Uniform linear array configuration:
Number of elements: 24
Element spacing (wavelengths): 0.5
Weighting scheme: exponential
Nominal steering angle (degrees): -15
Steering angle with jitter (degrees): -14.091
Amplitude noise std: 0.05
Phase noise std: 0.05

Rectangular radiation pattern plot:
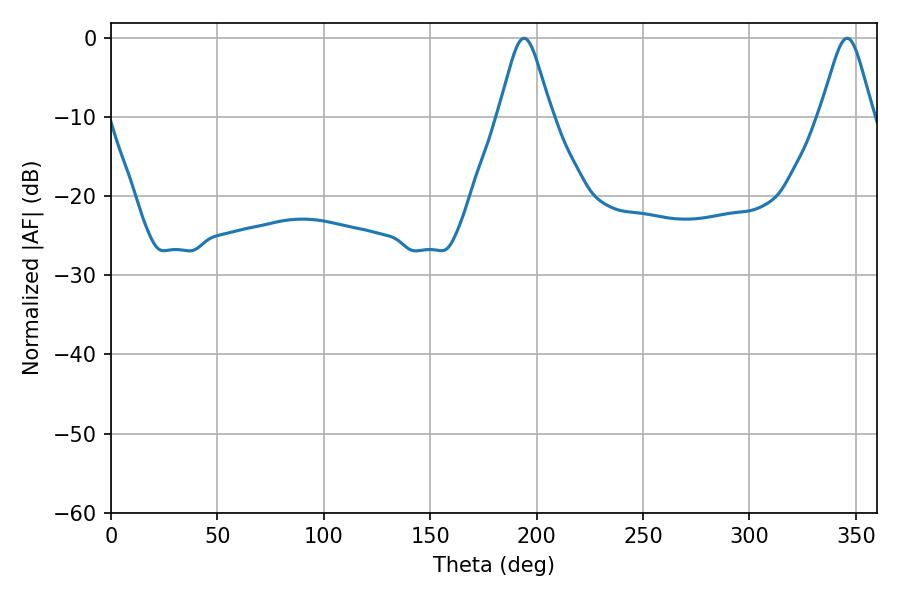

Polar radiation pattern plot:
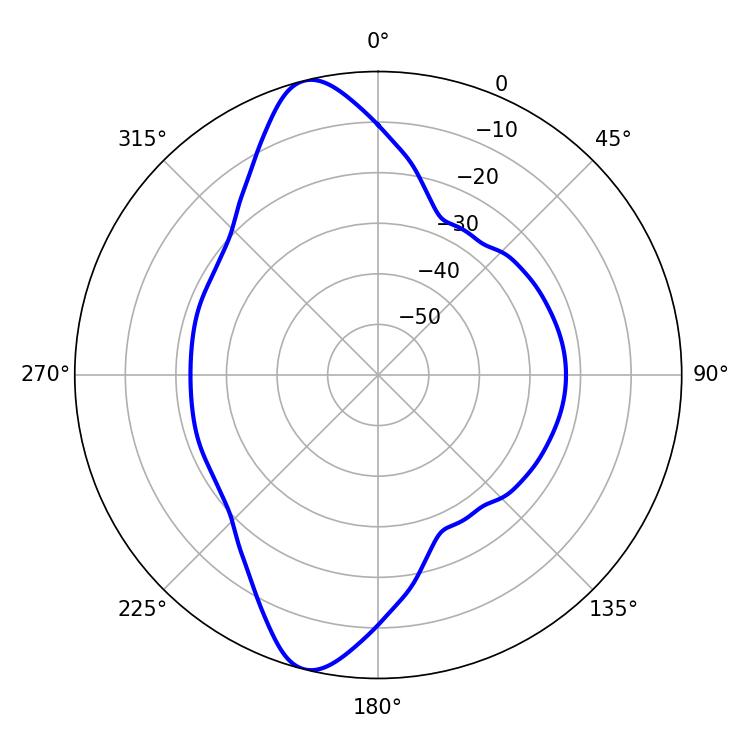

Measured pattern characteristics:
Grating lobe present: FALSE
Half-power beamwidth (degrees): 11.88
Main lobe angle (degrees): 194.04